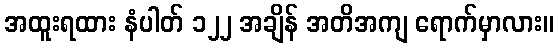
အထူးရထား နံပါတ် ၁၂၂ အချိန် အတိအကျ ရောက်မှာလား။